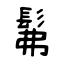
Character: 髴